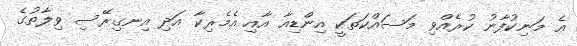
އެ މަނިކުފާނު ކުރެއްވި މަސައްކަތަކީ އިންޑިއާ އާއި އެމެރިކާ އަދި އިނގިރޭސި ވިލާތުގެ